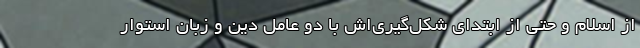
از اسلام و حتی از ابتدای شکل‌گیری‌اش با دو عامل دین و زبان استوار